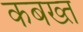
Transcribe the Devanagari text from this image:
कबख्त